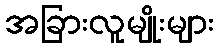
အခြားလူမျိုးများ